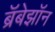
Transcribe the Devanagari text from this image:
ब्रॅबेझॉन